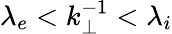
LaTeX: \lambda_{e}<k_{\perp}^{-1}<\lambda_{i}